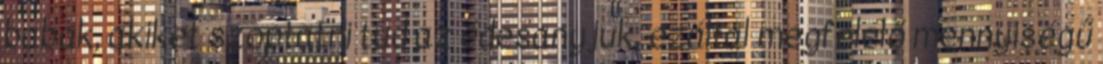
babák, akiket szoptatni tud az édesanyjuk, ezáltal megfelelő mennyiségű